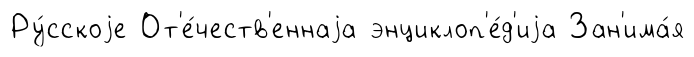
Ру́сскоjе От'е́честв'еннаjа энциклоп'е́д'иjа Зан'има́я